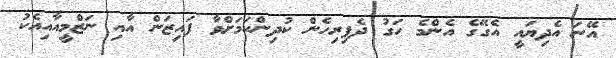
އޭނަ އެދިޔައީ އެގޭގެ އެންމެ ހަގު ދެފިރިހެން ކުދިންކަމަށްވާ ފައިޒަން އާއި ނަޒްމީއާއިއެކު